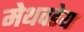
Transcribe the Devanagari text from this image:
मेथवडेया